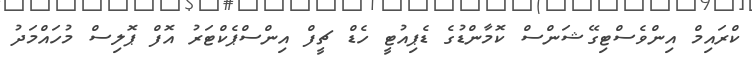
ކްރައިމް އިންވެސްޓިގޭޝަންސް ކޮމާންޑުގެ ޑެޕިއުޓީ ހެޑް ޗީފް އިންސްޕެކްޓަރު އޮފް ޕޮލިސް މުހައްމަދު